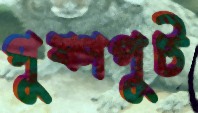
পুষ্পপুট